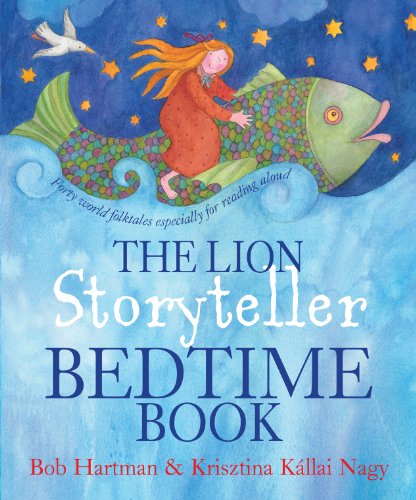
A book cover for The Lion Storyteller Bedtime Book; Bob Hartman; Children's Books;